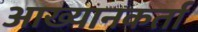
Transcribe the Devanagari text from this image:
आख्यानकर्ता